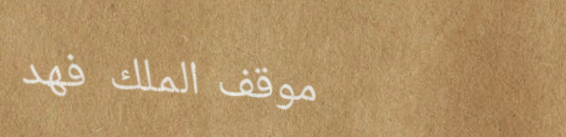
موقف الملك فهد